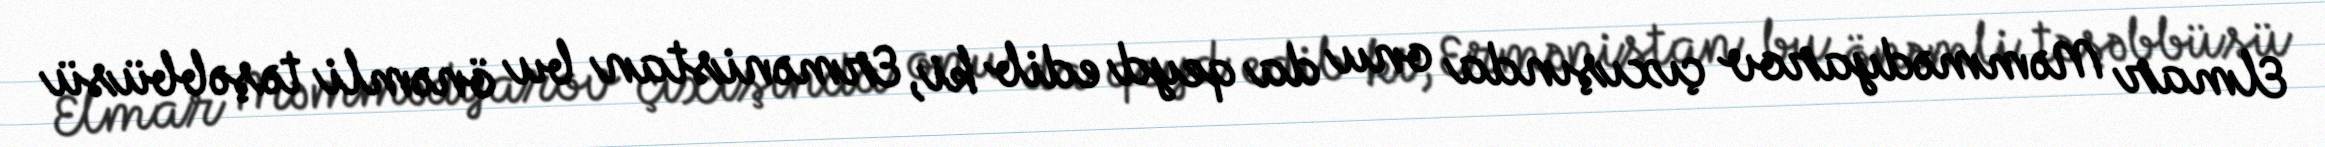
Elmar Məmmədyarov çıxışında onu da qeyd edib ki, Ermənistan bu önəmli təşəbbüsü